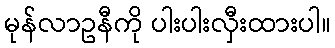
မုန်လာဥနီကို ပါးပါးလှီးထားပါ။